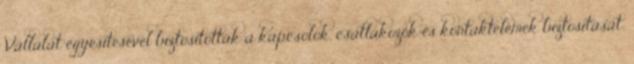
Vállalat egyesítésével biztosították a kapcsolók, csatlakozók és kontaktelemek biztosítását;